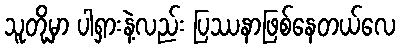
သူတို့မှာ ပါရှားနဲ့လည်း ပြဿနာဖြစ်နေတယ်လေ